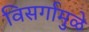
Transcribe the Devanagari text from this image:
विसर्गामुळे